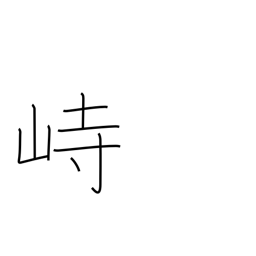
Meaning: tower